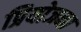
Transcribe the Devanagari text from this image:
प्रियोजना